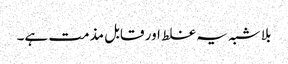
بلا شبہ یہ غلط اور قابل مذمت ہے۔